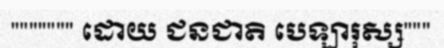
""""""" ដោយ ជនជាតិ បេឡារុស្ស"""